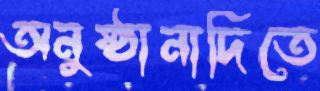
অনুষ্ঠানাদিতে